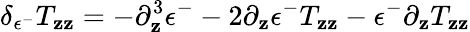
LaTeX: \delta_{\epsilon^{-}}T_{\mathbf{z}\mathbf{z}}=-\partial_{\mathbf{z}}^{3}\epsilon^{-}-2\partial_{\mathbf{z}}\epsilon^{-}T_{\mathbf{z}\mathbf{z}}-\epsilon^{-}\partial_{\mathbf{z}}T_{\mathbf{z}\mathbf{z}}